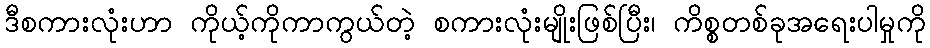
ဒီစကားလုံးဟာ ကိုယ့်ကိုကာကွယ်တဲ့ စကားလုံးမျိုးဖြစ်ပြီး၊ ကိစ္စတစ်ခုအရေးပါမှုကို